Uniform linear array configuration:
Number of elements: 12
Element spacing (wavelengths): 1
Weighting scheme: binomial
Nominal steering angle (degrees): -60
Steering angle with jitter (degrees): -60.442
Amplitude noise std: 0.05
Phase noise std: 0.05

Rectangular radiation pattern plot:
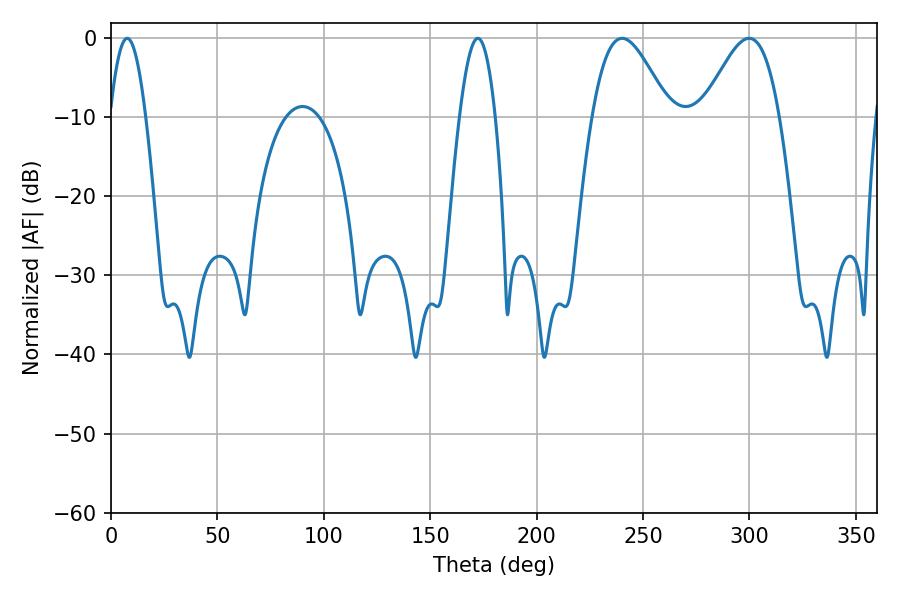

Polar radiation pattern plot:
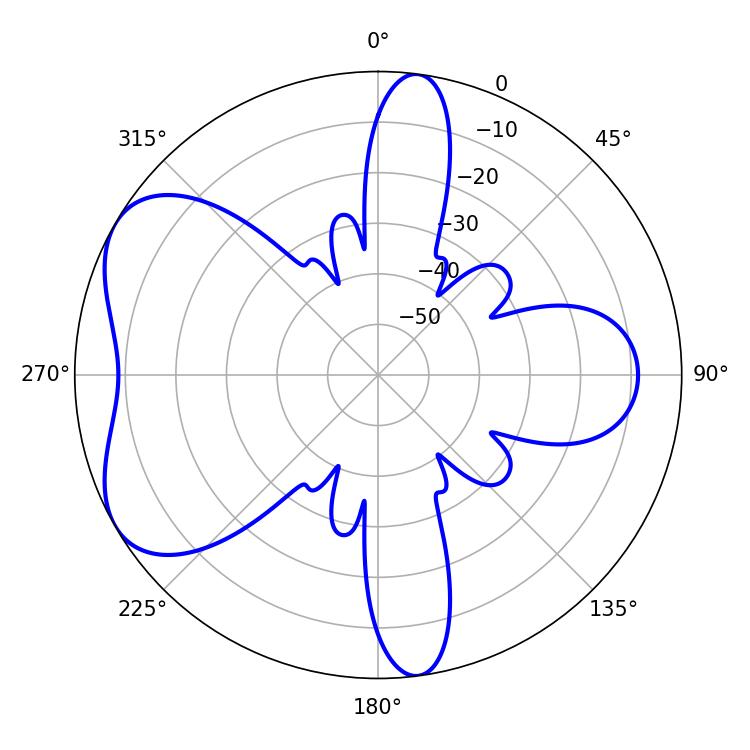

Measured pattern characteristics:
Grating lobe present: TRUE
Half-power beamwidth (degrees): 19.44
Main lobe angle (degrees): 240.12